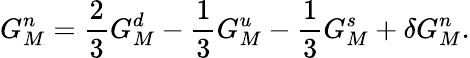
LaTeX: G_{M}^{n}=\frac{2}{3}G_{M}^{d}-\frac{1}{3}G_{M}^{u}-\frac{1}{3}G_{M}^{s}+\delta G_{M}^{n}.